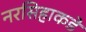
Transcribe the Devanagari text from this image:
नरसिहाकडे